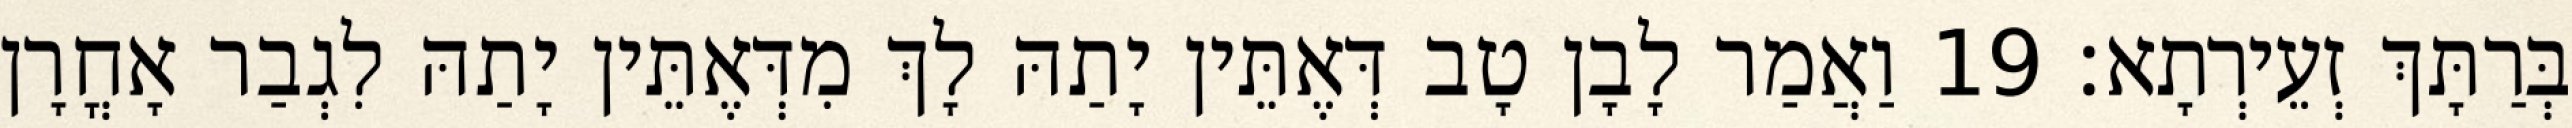
בְּרַתָּךְ זְעֵירְתָא׃ 19 וַאֲמַר לָבָן טָב דְּאֶתֵּין יָתַהּ לָךְ מִדְּאֶתֵּין יָתַהּ לִגְבַר אָחֳרָן